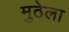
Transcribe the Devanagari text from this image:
मुठेला